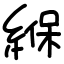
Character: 緥